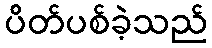
ပိတ်ပစ်ခဲ့သည်